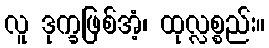
လူ ဒုက္ခဖြစ်အံ့၊ ထုလ္လစ္စည်း။